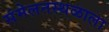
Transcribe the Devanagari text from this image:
संमेलनस्थळाला